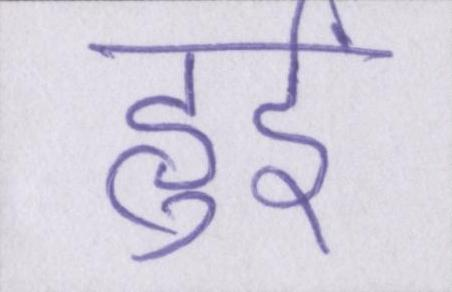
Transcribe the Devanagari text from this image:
हुईं